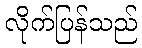
လိုက်ပြန်သည်